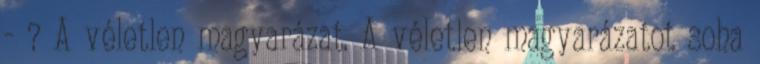
- ? A véletlen magyarázat. A véletlen magyarázatot soha